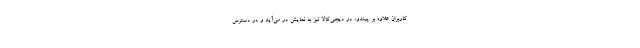
کاربران علاوه بر پیندو، در دیجی‌کالا نیز به نمایش در می‌آید و در دسترس